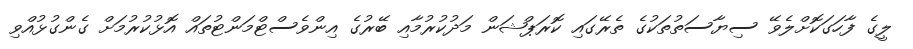
ލީގެ ފާހަގަކޮށްލެވޭ ސިޔާސަތުތަކުގެ ތެރޭގައި ކޮރަޕްޝަން މަދުކުރުމާއި ބޭރުގެ އިންވެސްޓްމަންޓުތައް އޮޅުކުރުމަށް ގެންގުޅުއްވި